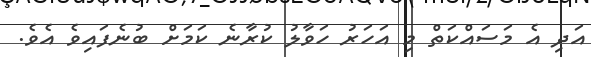
އަދި އެ މަސައްކަތް މި އަހަރު ހަވާލު ކުރާނެ ކަމަށް ބުނެފައިވެ އެވެ.